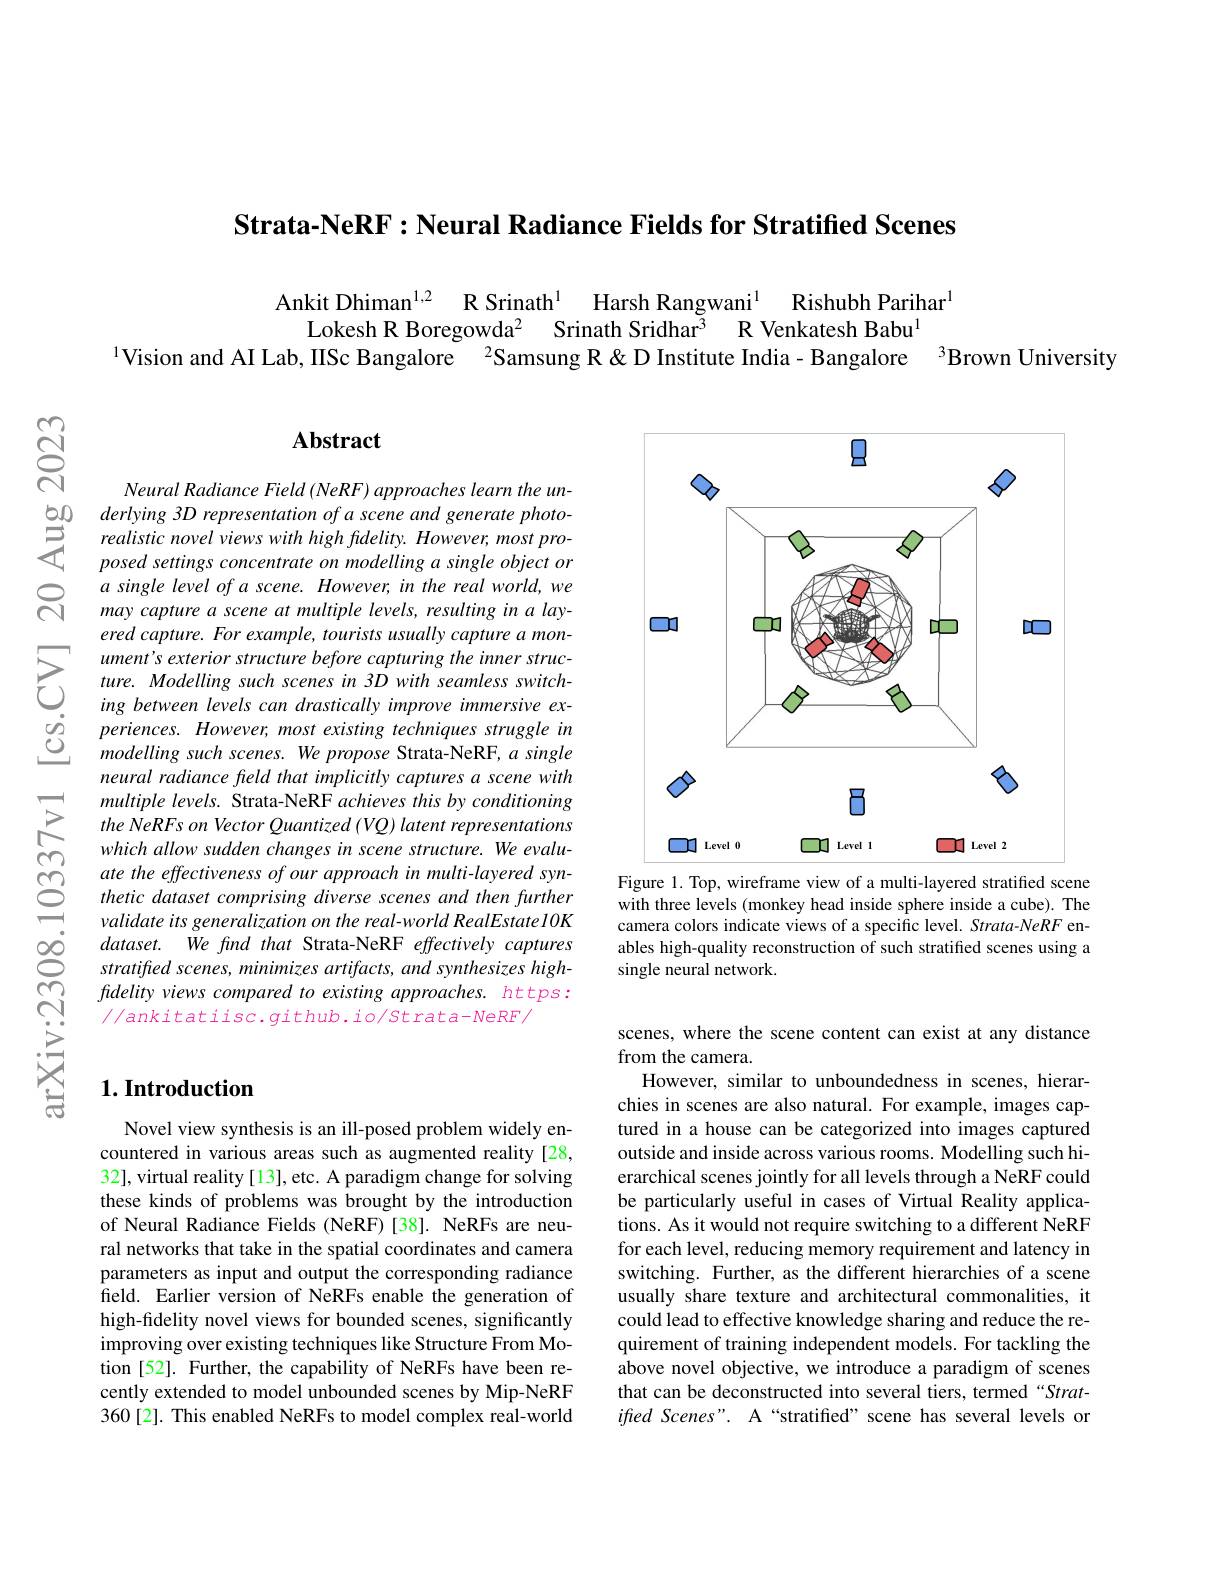
Strata-NeRF: Neural Radiance Fields for Stratified Scenes

Ankit Dhiman$^{1,2}$ R Srinath$^{1}$ Harsh Rangwani$^{1}$ Rishubh Parihar$^{1}$
Lokesh R Boregowda$^{2}$ Srinath Sridhar$^{3}$ R Venkatesh Babu$^{1}$
1Vision and AI Lab, IISc Bangalore $^{2}$Samsung R &D Institute India- Bangalore 3Brown University

### $\mathbf{Abstract}$

Neural Radiance Field (NeRF) approaches learn the underlying 3D representation of a scene and generate photo-
$\begin{array}{cc}{{\text{Tealistic novel views with high fidelity. However, most pro-}}\\{\text{T}}}{{\text{posed settings concentrate on modelling a single object or}}}\end{array} $
posed settings concentrate on modelling a single object or $a$ single level of a scene. However, in the real world, we may capture a scene at multiple levels, resulting in a layered capture. For example, tourists usually capture a monument' s exterior structure before capturing the inner structure. Modelling such scenes in 3D with seamless switching between levels can drastically improve immersive experiences. However, most existing techniques struggle in modelling such scenes. We propose Strata-NeRF, $a$ single neural radiance field that implicitly captures a scene with multiple levels. Strata-NeRF achieves this by conditioning the NeRFs on Vector Quantized (VQ) latent representations
$\begin{array}{ccc}&which&allow&sudden&changes&in&scene&structure.&We&evalu-\\&\text{Ch}&ate&the&effectiveness&of&our&approach&in&multi-layered&syn-\\&&thetic&dataset&comprising&diverse&scenes&and&then&further\\&&validate&its&generalization&on&the&real-world&RealEstatel0K\end{array}$
$dataset.Wefindthat$ Strata-NeRF effectively captures stratifted scenes, minimizes artifacts, and synthesizes highfidelity views compared to existing approaches. https: $//ankitatiisc.github.io/Strata-NeRF/$

<FigureHere>
Figure 1. Top, wireframe view of a multi-layered stratified scene

with three levels (monkey head inside sphere inside a cube). The camera colors indicate views of a specific level. Strata-NeRF enables high-quality reconstruction of such stratified scenes using a single neural network.

scenes, where the scene content can exist at any distance
from the camera.
However, similar to unboundedness in scenes, hierarchies in scenes are also natural. For example, images captured in a house can be categorized into images captured outside and inside across various rooms. Modelling such hierarchical scenes jointly for all levels through a NeRF could be particularly useful in cases of Virtual Reality applications. As it would not require switching to a different NeRF for each level, reducing memory requirement and latency in switching. Further, as the different hierarchies of a scene usually share texture and architectural commonalities, it could lead to effective knowledge sharing and reduce the requirement of training independent models. For tackling the above novel objective, we introduce a paradigm of scenes that can be deconstructed into several tiers, termed“Stratifed Scenes". A“stratified”scene has several levels or

## $1. \textbf{Introduction}$

Novel view synthesis is an ill-posed problem widely encountered in various areas such as augmented reality[28, 32], virtual reality[13], etc. A paradigm change for solving these kinds of problems was brought by the introduction of Neural Radiance Fields (NeRF)[38]. NeRFs are neural networks that take in the spatial coordinates and camera parameters as input and output the corresponding radiance field. Earlier version of NeRFs enable the generation of high-fidelity novel views for bounded scenes, significantly improving over existing techniques like Structure From Motion [52]. Further, the capability of NeRFs have been recently extended to model unbounded scenes by Mip-NeRF 360[2]. This enabled NeRFs to model complex real-world